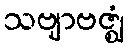
သဗျာဗဇ္ဈံ